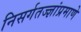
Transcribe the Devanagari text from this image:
निसर्गतज्ज्ञांप्रमाणे